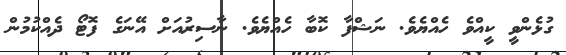
ގުޅެންވީ ކީއްވެ ހެއްޔެވެ. ނަޝްފާ ކޮބާ ހެއްޔެވެ. ނާސިރުއަށް އޭނަގެ ފޮޓޯ ދެއްކުމުން